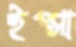
ইপ্সা